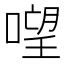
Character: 𠻾